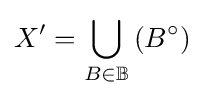
X^{\prime }=\bigcup _{B\in \mathbb {B} }\left(B^{\circ }\right)